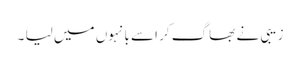
زیبی نے بھاگ کر اسے بانہوں میں لیا ۔